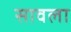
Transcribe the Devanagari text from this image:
सावला